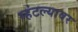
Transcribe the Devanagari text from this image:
म्हंटल्यावर